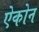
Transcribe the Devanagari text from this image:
ऐकोन